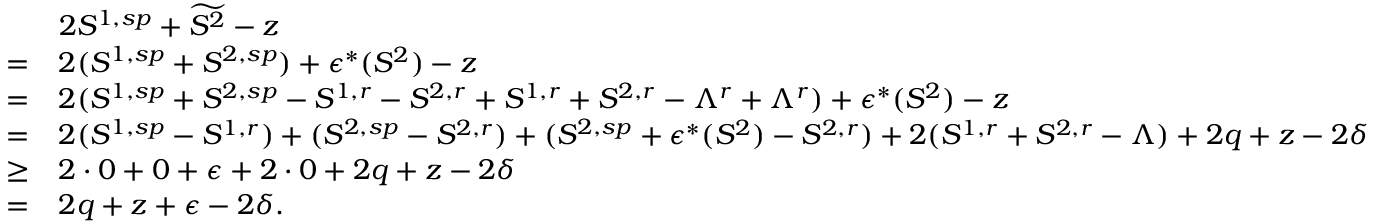
\begin{array} { r l } & { 2 S ^ { 1 , s p } + \widetilde { S ^ { 2 } } - z } \\ { = } & { 2 ( S ^ { 1 , s p } + S ^ { 2 , s p } ) + \epsilon ^ { * } ( S ^ { 2 } ) - z } \\ { = } & { 2 ( S ^ { 1 , s p } + S ^ { 2 , s p } - S ^ { 1 , r } - S ^ { 2 , r } + S ^ { 1 , r } + S ^ { 2 , r } - \Lambda ^ { r } + \Lambda ^ { r } ) + \epsilon ^ { * } ( S ^ { 2 } ) - z } \\ { = } & { 2 ( S ^ { 1 , s p } - S ^ { 1 , r } ) + ( S ^ { 2 , s p } - S ^ { 2 , r } ) + ( S ^ { 2 , s p } + \epsilon ^ { * } ( S ^ { 2 } ) - S ^ { 2 , r } ) + 2 ( S ^ { 1 , r } + S ^ { 2 , r } - \Lambda ) + 2 q + z - 2 \delta } \\ { \ge } & { 2 \cdot 0 + 0 + \epsilon + 2 \cdot 0 + 2 q + z - 2 \delta } \\ { = } & { 2 q + z + \epsilon - 2 \delta . } \end{array}